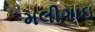
મલીગાઇ